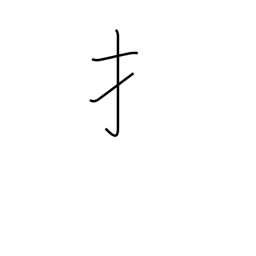
Meaning: hand radical (no. 64)